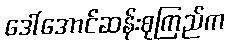
ဒေါ်အောင်ဆန်းစုကြည်က